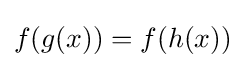
f(g(x))=f(h(x))